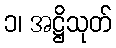
၁၊ အဋ္ဌိသုတ်